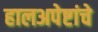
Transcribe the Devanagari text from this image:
हालअपेष्टांचे